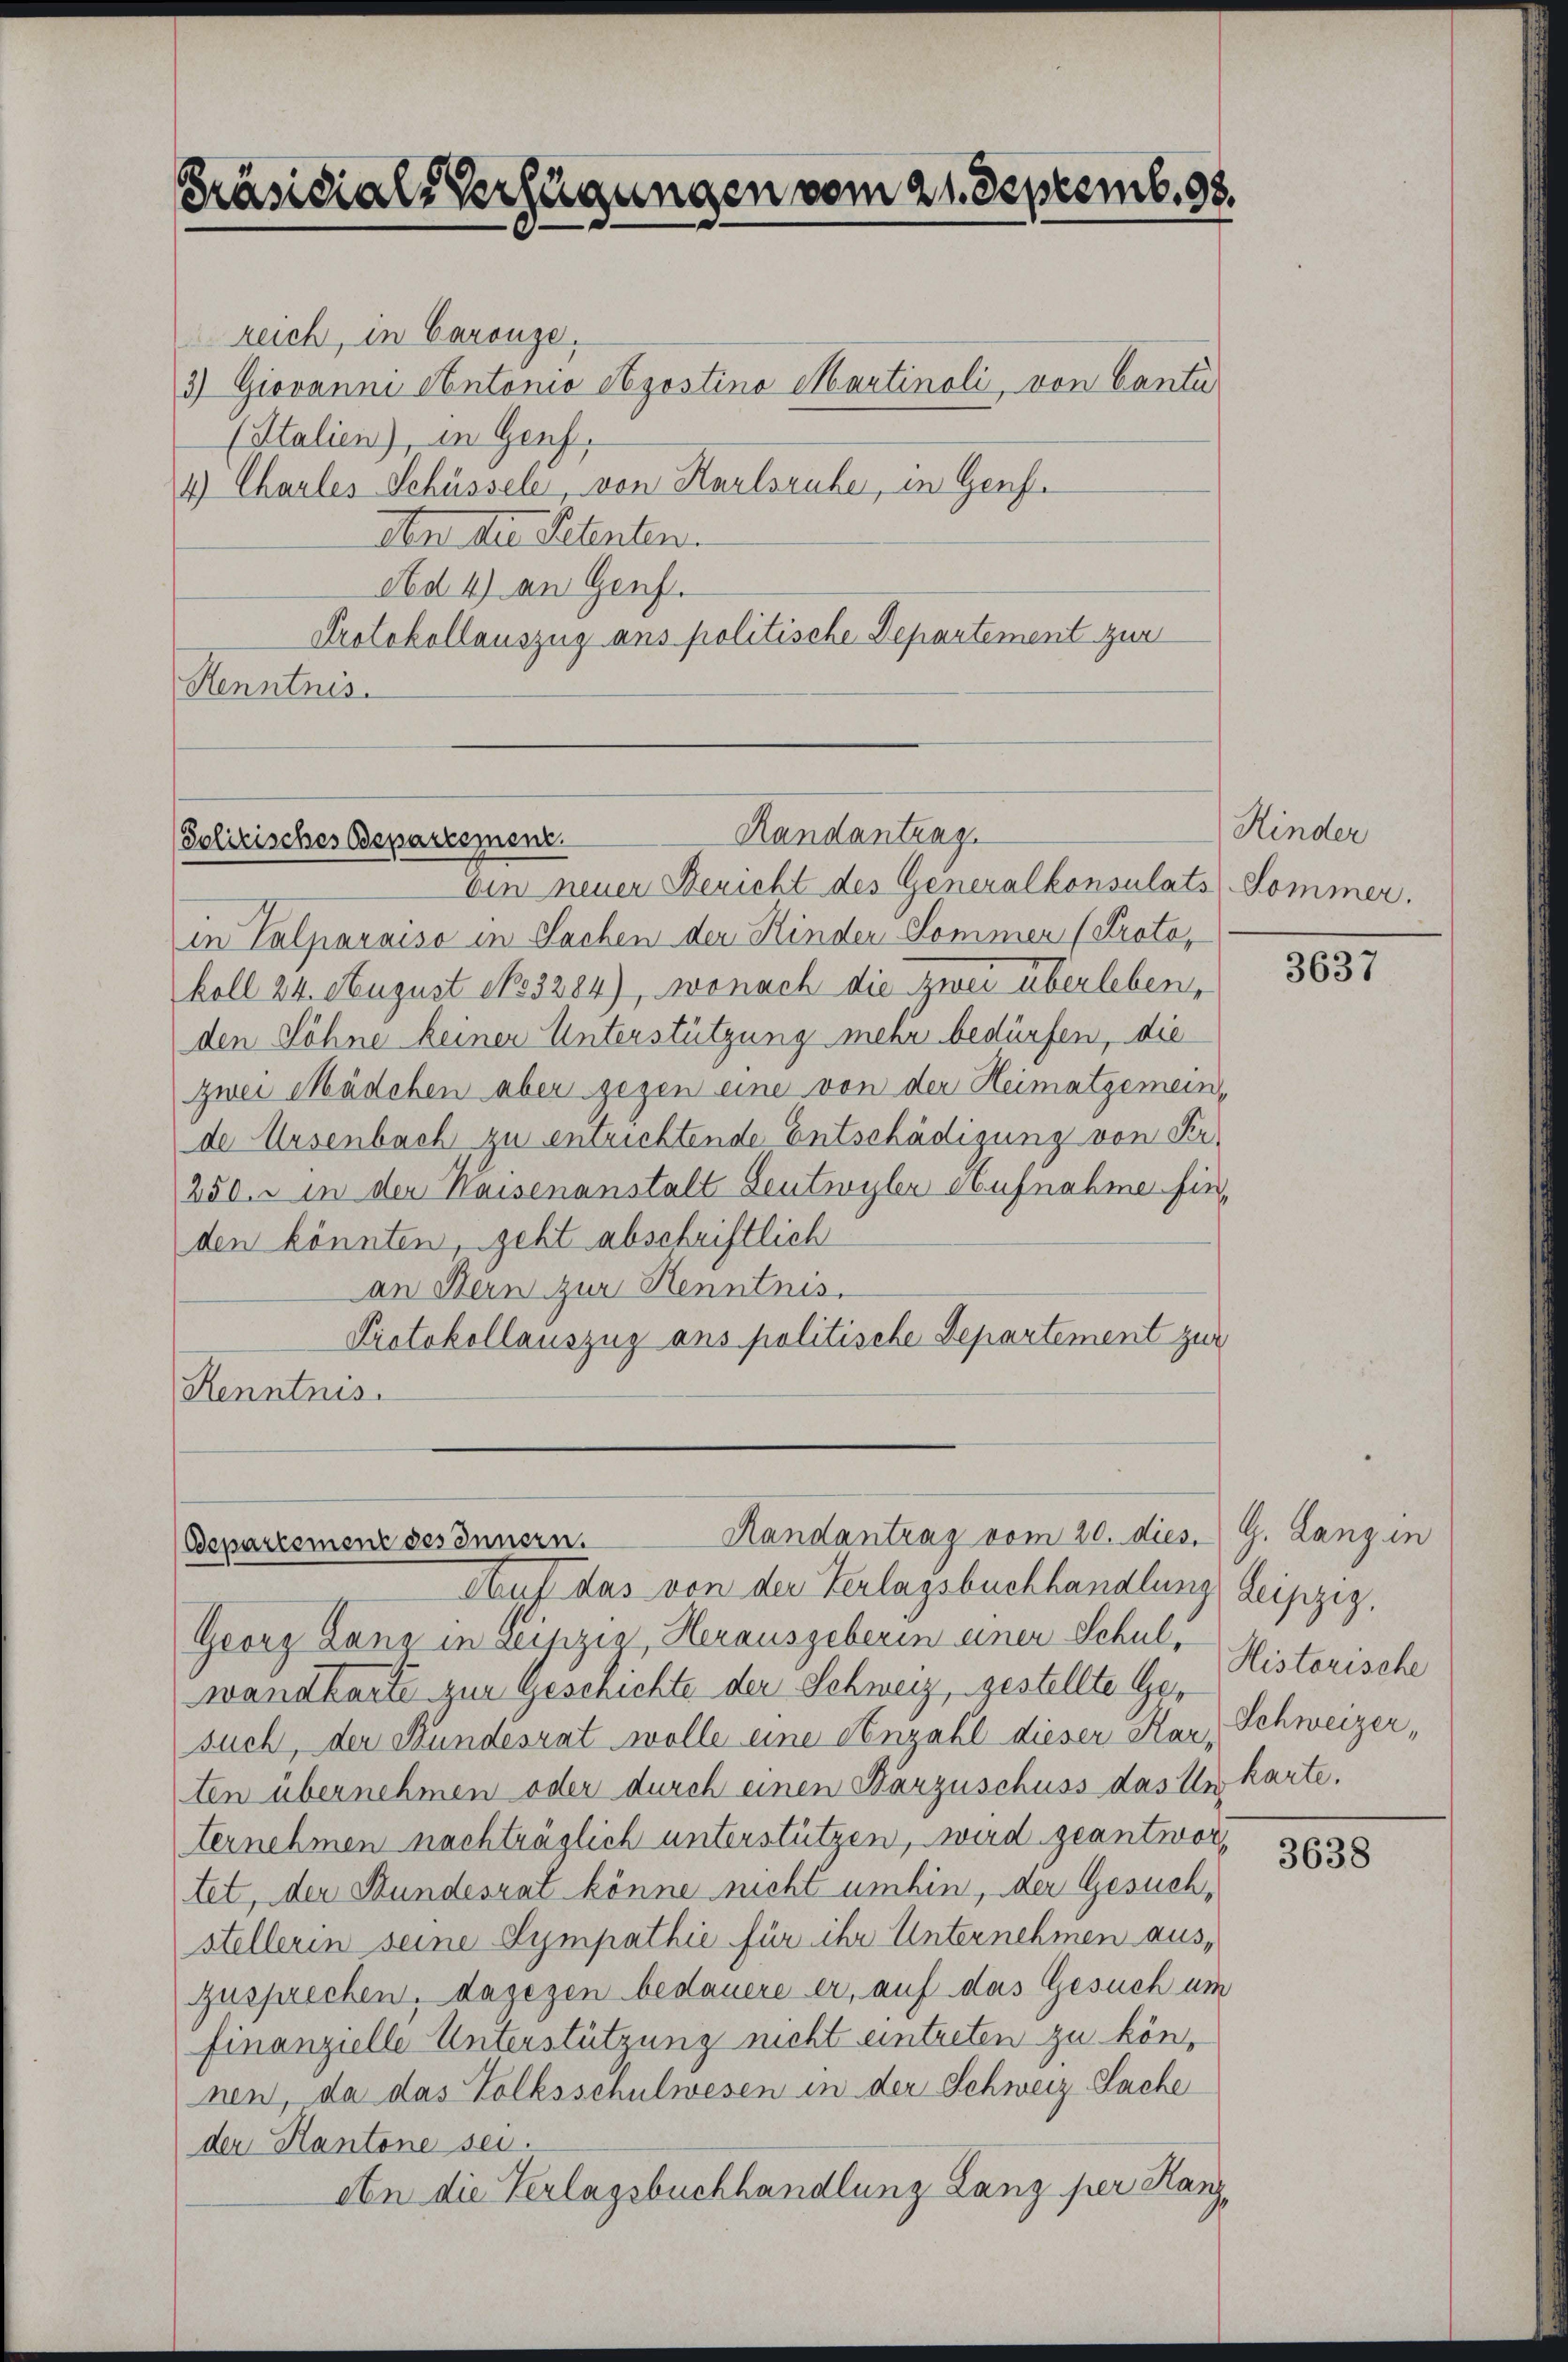
Präsidial-Verfügungen vom 21. Septemb. 98.

Randantrag.
Politisches Bepartement.
bin neuen Bericht des Generalkonsulats Sommer.

reich, in Caronze.
3) Giovanni Antonio Szostino Martinoli, von Canto
(Italien), in Genf,
4) Chaules Schüssele, von Karlsruhe, in Genf.
Aber der Petenten.
Ad 4) an Genf.
Protokollauszug ans politische Departement zur
Kenntnis.

in Palparaiso in Sachen der Kinder Kommen (Protokoll 24. August 183284), wonach die Zwei einer erleben,
den Söhne keiner Unterstützung mehr bedürfen, die
zwei Mädchen aber gegen eine von der Heimatgemein-
de Ursenbach zu entrichtende Entschädigung von Ser-
250. u in der Waisenanstalt Leutwyler Aufnahme finden könnten, geht abschriftlich
an Bern zur Henntnis.
Protokollauszug ans politische Departement zur
Renntnis.

Randantrag vom 20. dies. G. Lang in
Bepartement des Innern.

Auf das von der Verlagsbuchhandlung, Leipzig,
Georg Lanz in Leijizio Herausgeberin einer Schul, Historische
wandkarte zur Geschichte der Schweiz, gestellte Gesuch, der Bundesrat wolle eine Anzahl dieser Kar, Schweizer,
ten übernehmen oder durch einen Darzuschuss das Unkarte.
ternehmen nachträglich unterstützen, wird geantwort
tet, der Bundesrat könne nicht umhin, der Gesuch,
stellerin seine Sympathie für ihr Unternehmen auszusprechen, dagegen bedauere er, auf das Gesuch um
finanzielle Unterstützung nicht eintreten zu können, da das Volksschulwesen in der Schweiz Sache
der Kantone sei.
An die Verlagsbuchhandlung Lanz per Kanz¬

Kinder

3637

3638